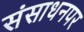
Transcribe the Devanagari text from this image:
संसाधनपर